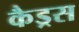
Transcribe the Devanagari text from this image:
कैड्रस